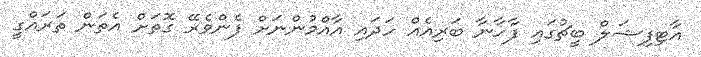
އާޓިފިޝަލް ބީޗުގައި ފާހާނާ ބަރިއެއް ހަދައި އާއްމުންނަށް ފެންވެރޭ ގޮތަށް އެތަން ތަރައްގީ